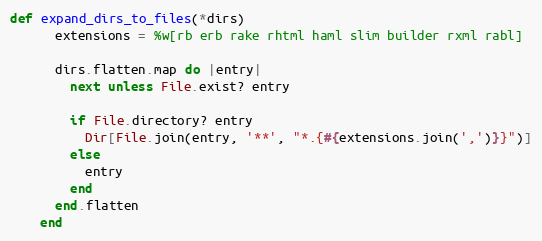
Language: Ruby
def expand_dirs_to_files(*dirs)
      extensions = %w[rb erb rake rhtml haml slim builder rxml rabl]

      dirs.flatten.map do |entry|
        next unless File.exist? entry

        if File.directory? entry
          Dir[File.join(entry, '**', "*.{#{extensions.join(',')}}")]
        else
          entry
        end
      end.flatten
    end